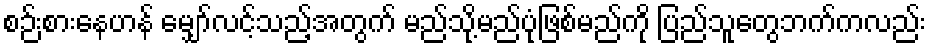
စဉ်းစားနေဟန် မျှော်လင့်သည့်အတွက် မည်သို့မည်ပုံဖြစ်မည်ကို ပြည်သူတွေဘက်ကလည်း